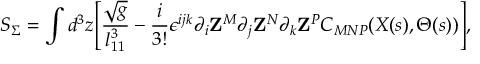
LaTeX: { \cal S } _ { \Sigma } = \int d ^ { 3 } z \Biggl [ { \frac { \sqrt { g } } { l _ { 1 1 } ^ { 3 } } } - { \frac { i } { 3 ! } } \epsilon ^ { i j k } \partial _ { i } { \bf Z } ^ { M } \partial _ { j } { \bf Z } ^ { N } \partial _ { k } { \bf Z } ^ { P } C _ { M N P } ( X ( s ) , \Theta ( s ) ) \Biggr ] ,